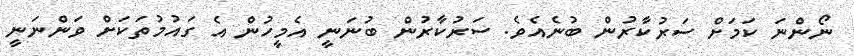
ނޯންނަ ކަމަށް ސަރުކާރުން ބުނެއެވެ. ސަރުކާރުން ބުނަނީ އެމީހުން އެ ގައުމުތަަކަށް ވަންނަނީ